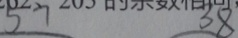
5 7 3 8